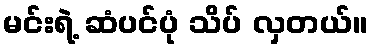
မင်းရဲ့ ဆံပင်ပုံ သိပ် လှတယ်။